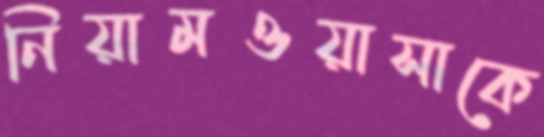
নিয়ামওয়াসাকে